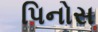
પિનોસ